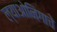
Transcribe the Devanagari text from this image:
ल्याओनिंगाचे